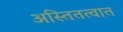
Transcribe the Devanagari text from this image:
अस्तितत्वात